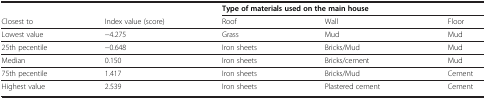
|  |  | <COLSPAN=3> Type of materials used on the main house |
 | --- | --- | --- | --- | --- |
 | Closest to | Index value (score) | Roof | Wall | Floor |
 | Lowest value | −4.275 | Grass | Mud | Mud |
 | 25th pecentile | −0.648 | Iron sheets | Bricks/Mud | Mud |
 | Median | 0.150 | Iron sheets | Bricks/cement | Mud |
 | 75th pecentile | 1.417 | Iron sheets | Bricks/Mud | Cement |
 | Highest value | 2.539 | Iron sheets | Plastered cement | Cement |